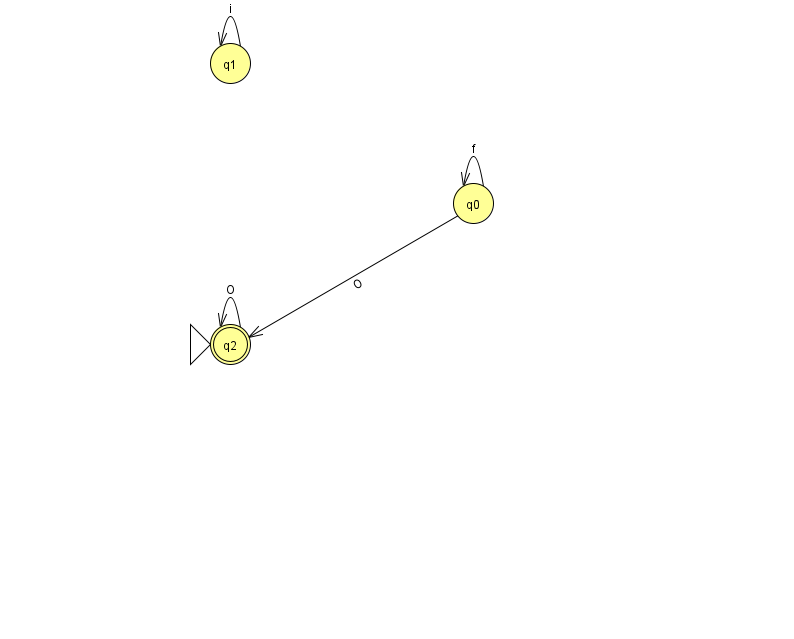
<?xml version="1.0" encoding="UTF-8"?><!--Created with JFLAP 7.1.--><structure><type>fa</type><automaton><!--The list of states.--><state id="0" name="q0"><x>473.0</x><y>190.0</y></state><state id="1" name="q1"><x>230.0</x><y>50.0</y></state><state id="2" name="q2"><x>230.0</x><y>331.0</y><initial/><final/></state><!--The list of transitions.--><transition><from>0</from><to>2</to><read>O</read></transition><transition><from>0</from><to>0</to><read>f</read></transition><transition><from>1</from><to>1</to><read>i</read></transition><transition><from>2</from><to>2</to><read>O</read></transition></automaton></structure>